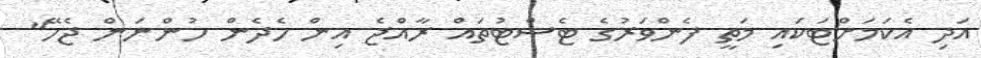
އަދި އެކަމަށްޓަކައި މަތީ ފެންވަރުގެ ޓެސްޓުތައް ރާއްޖެ އިން ހެދެން ހުންނަން ޖެހޭ"